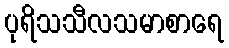
ပုရိသသီလသမာစာရေ